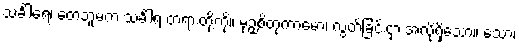
သင်္ခါရေ၊ တေဘူမက သင်္ခါရ တရားတို့ကို။ မုဉှစိတုကာမော၊ လွတ်ခြင်းငှာ အလိုရှိသော။ သော၊